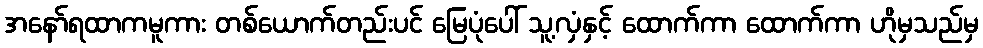
အနော်ရထာကမူကား တစ်ယောက်တည်းပင် မြေပုံပေါ် သူ့လှံနှင့် ထောက်ကာ ထောက်ကာ ဟိုမှသည်မှ